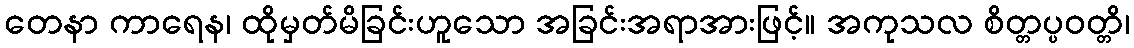
တေနာ ကာရေန၊ ထိုမှတ်မိခြင်းဟူသော အခြင်းအရာအားဖြင့်။ အကုသလ စိတ္တပ္ပဝတ္တိ၊